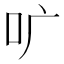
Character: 𫩕